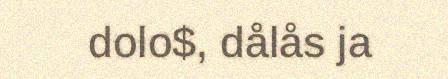
dolo$, dålås ja